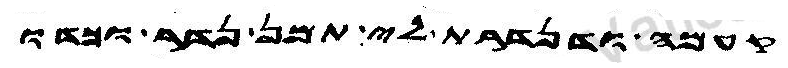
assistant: קעמה ודנדרת לי תמן נדר וכדו